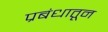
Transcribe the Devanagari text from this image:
प्रबंधातून